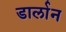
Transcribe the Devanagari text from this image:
डार्लान